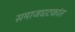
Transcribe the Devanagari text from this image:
समाजघटकांत